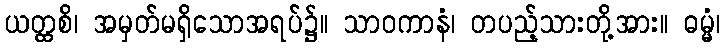
ယတ္ထစိ၊ အမှတ်မရှိသောအရပ်၌။ သာဝကာနံ၊ တပည့်သားတို့အား။ ဓမ္မံ၊